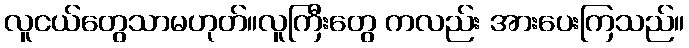
လူငယ်တွေသာမဟုတ်။လူကြီးတွေ ကလည်း အားပေးကြသည်။